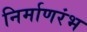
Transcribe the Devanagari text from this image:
निर्माणरंभ